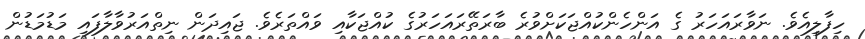
ހިފާލިއެވެ. ނަވާރައަހަރު ގެ އަންހެންކުއްޖަކަށްވުރެ ބާރަތޭރައަހަރުގެ ކުއްޖަކާއި ވައްތަރެވެ. ޖައިދަން ނިތްއަރުވާލާފައި މަޑުމަޑުން